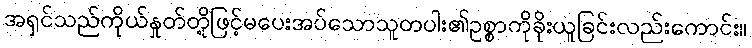
အရှင်သည်ကိုယ်နှုတ်တို့ဖြင့်မပေးအပ်သောသူတပါး၏ဥစ္စာကိုခိုးယူခြင်းလည်းကောင်း။